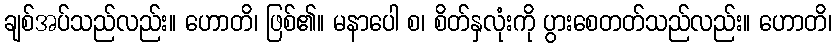
ချစ်အပ်သည်လည်း။ ဟောတိ၊ ဖြစ်၏။ မနာပေါ စ၊ စိတ်နှလုံးကို ပွားစေတတ်သည်လည်း။ ဟောတိ၊